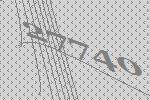
27740